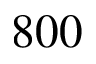
8 0 0